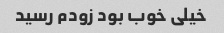
خیلی خوب بود زودم رسید